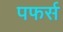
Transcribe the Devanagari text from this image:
पफर्स